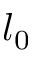
l _ { 0 }